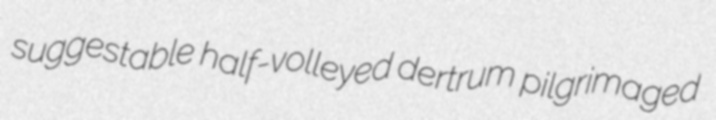
suggestable half-volleyed dertrum pilgrimaged